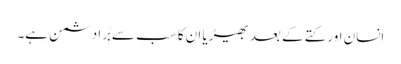
انسان اور کتے کے بعد بھیڑیا ان کا سب سے بُرا دشمن ہے۔